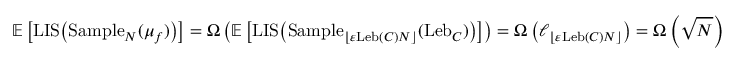
\mathbb { E } \left[ \mathrm { L I S } \big ( \mathrm { S a m p l e } _ { N } ( \mu _ { f } ) \big ) \right] = \Omega \left( \mathbb { E } \left[ \mathrm { L I S } \big ( \mathrm { S a m p l e } _ { \lfloor \varepsilon \mathrm { L e b } ( C ) N \rfloor } ( \mathrm { L e b } _ { C } ) \big ) \right] \right) = \Omega \left( \ell _ { \lfloor \varepsilon \mathrm { L e b } ( C ) N \rfloor } \right) = \Omega \left( \sqrt { N } \right)